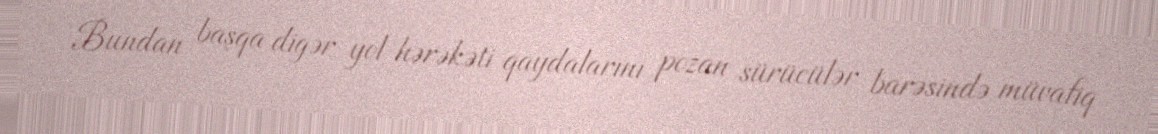
Bundan başqa digər yol hərəkəti qaydalarını pozan sürücülər barəsində müvafiq